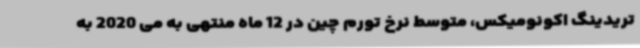
تریدینگ اکونومیکس، متوسط نرخ تورم چین در 12 ماه منتهی به می 2020 به